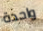
واحدة